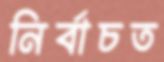
নির্বাচত